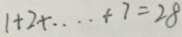
1 + 2 + \cdots + 7 = 2 8